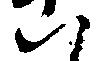
八